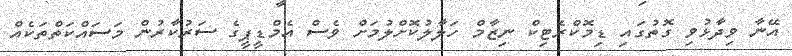
އޭނާ ވިދާޅުވި ގޮތުގައި ޑިމޮކްރެޓިކް ނިޒާމް ހަލާލުކޮށްލުމަށް ވެސް އެމްޑީޕީގެ ސަރުކާރުން މަސައްކަތްތަކެއް